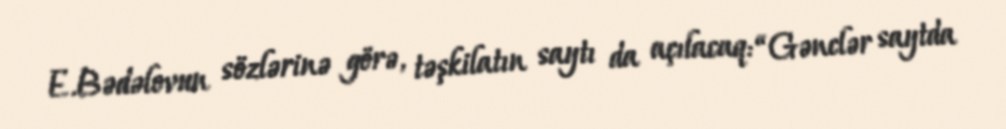
E.Bədəlovun sözlərinə görə, təşkilatın saytı da açılacaq: “Gənclər saytda